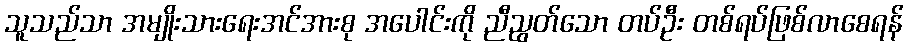
သူသည်သာ အမျိုးသားရေးအင်အားစု အပေါင်းကို ညီညွတ်သော တပ်ဦး တစ်ရပ်ဖြစ်လာစေရန်